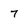
Character: 7